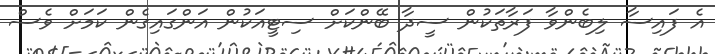
އެ ފައިސާ ލިބެންވާ ފަރާތަކުން ސީދާ ބޭންކަށް ސިޓީއަކުން އަންގައިގެން ކަމަށް ވެސް